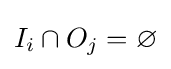
I_{i}\cap O_{j}=\varnothing